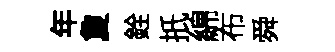
年夐銓扺綿布舜